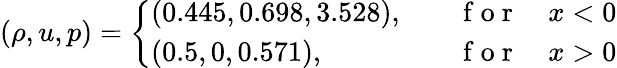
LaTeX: (\rho,u,p)=\left\{ \begin{array}{ll}{(0.445,0.698,3.528),\quad}&{\mathrm{~f~o~r~}\quad x<0}\\ {(0.5,0,0.571),\quad}&{\mathrm{~f~o~r~}\quad x>0}\end{array}\right.